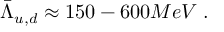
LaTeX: \bar { \Lambda } _ { u , d } \approx 1 5 0 - 6 0 0 M e V \; .